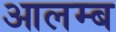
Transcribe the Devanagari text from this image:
आलम्ब